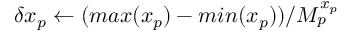
\delta x _ { p } \gets ( m a x ( x _ { p } ) - m i n ( x _ { p } ) ) / M _ { p } ^ { x _ { p } }